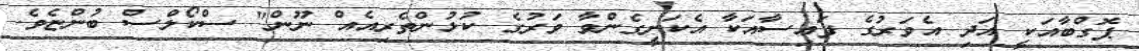
ޕޮގްބާއަކީ އަދި އެވަރުގެ ފައިސާއަކާ އެކަށީގެންވާ ވަރުގެ ކުޅުންތެރިއެއް ނޫން" ސްކޯލްސް ބުންޏެވެ.